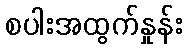
စပါးအထွက်နှုန်း